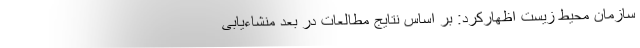
سازمان محیط زیست اظهارکرد: بر اساس نتایج مطالعات در بعد منشاءیابی